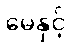
မေနှင့်